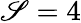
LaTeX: \mathscr{S}=4